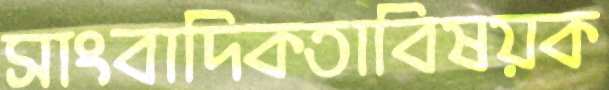
সাংবাদিকতাবিষয়ক